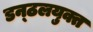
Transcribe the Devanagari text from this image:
डन्ठलयुक्त